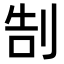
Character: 𠜯